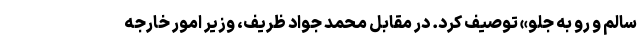
سالم و رو به جلو» توصیف کرد. در مقابل محمد جواد ظریف، وزیر امور خارجه